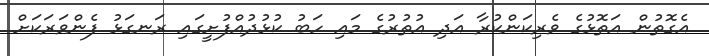
އެގޮތުން އަތޮޅުގެ ވެރިކަންކުރާ އަދި އުތުރުގެ މައި ހަބު ކުޅުދުއްފުށީގައި ރަނގަޅު ފެންވަރަކަށް